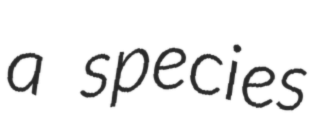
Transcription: a species